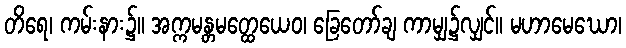
တိရေ၊ ကမ်းနား၌။ အက္ကမန္တမတ္ထေယေဝ၊ ခြေတော်ချ ကာမျှ၌လျှင်။ မဟာမေဃော၊